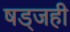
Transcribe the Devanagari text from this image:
षड्जही